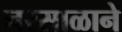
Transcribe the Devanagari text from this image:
नरसाळाने